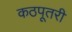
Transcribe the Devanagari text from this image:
कठपूतरी